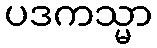
ပဒကသ္မာ